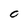
Character: 0